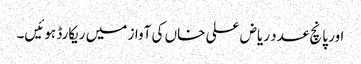
اور پانچ عدد ریاض علی خاں کی آواز میں ریکارڈ ہوئیں۔